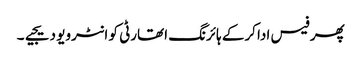
پھر فیس ادا کرکے ہائرنگ اتھارٹی کو انٹرویو دیجیے۔